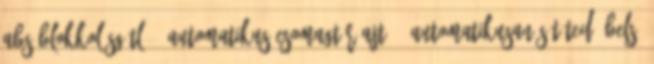
ABS blokkolásgátló – automatikus csomagtér-ajtó – automatikusan sötétedő belső